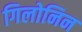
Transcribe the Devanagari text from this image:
गिलोनिन